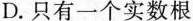
D. 只有一个实数根